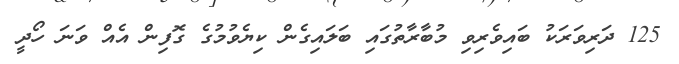
125 ދަރިވަރަކު ބައިވެރިވި މުބާރާތުގައި ބަލައިގެން ކިޔެވުމުގެ ގޮފިން އެއް ވަނަ ހޯދީ